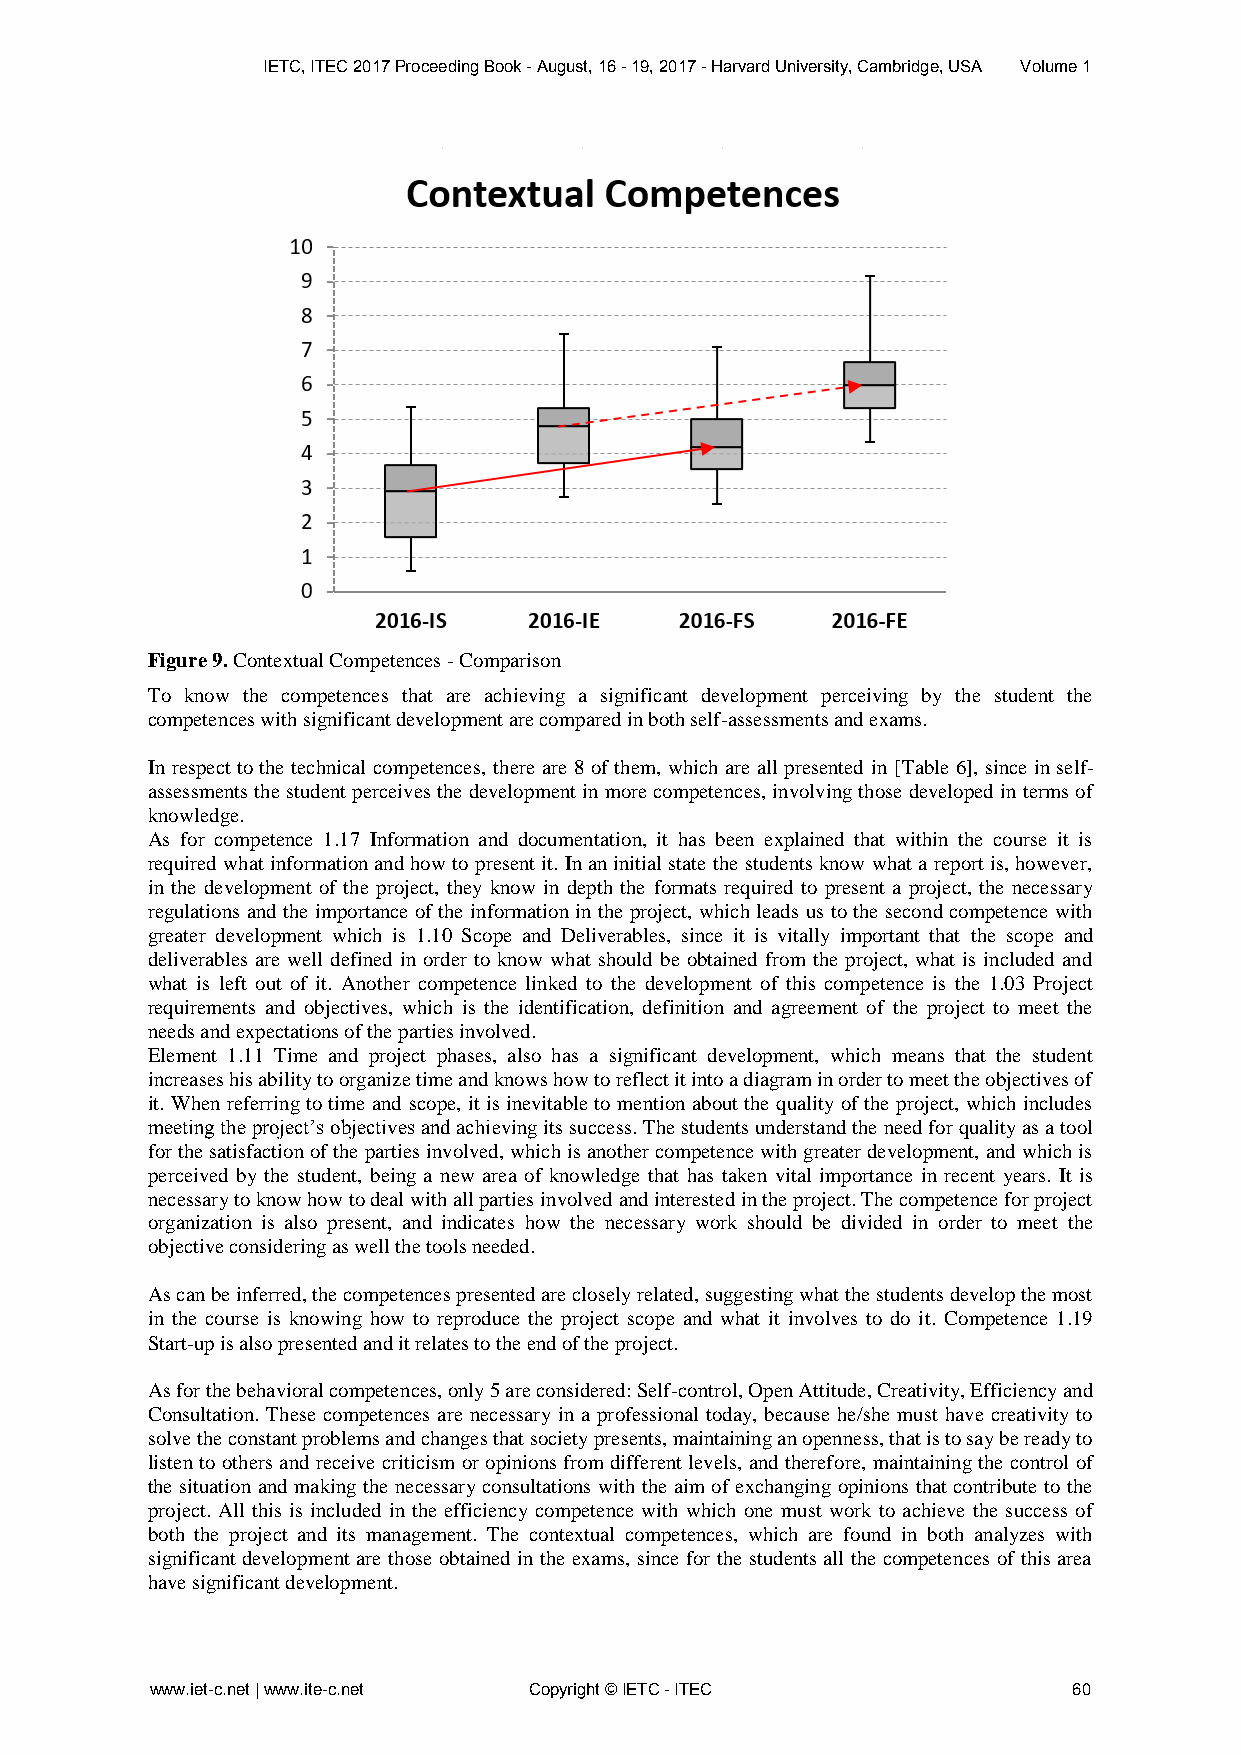
IETC, ITEC 2017 Proceeding Book - August, 16 - 19, 2017 - Harvard University, Cambridge, USA Volume 1
 Figure 9. Contextual Competences - Comparison
 To know the competences that are achieving a significant development perceiving by the student the
 competences with significant development are compared in both self-assessments and exams.
 In respect to the technical competences, there are 8 of them, which are all presented in [Table 6], since in self-
 assessments the student perceives the development in more competences, involving those developed in terms of
 knowledge.
 As for competence 1.17 Information and documentation, it has been explained that within the course it is
 required what information and how to present it. In an initial state the students know what a report is, however,
 in the development of the project, they know in depth the formats required to present a project, the necessary
 regulations and the importance of the information in the project, which leads us to the second competence with
 greater development which is 1.10 Scope and Deliverables, since it is vitally important that the scope and
 deliverables are well defined in order to know what should be obtained from the project, what is included and
 what is left out of it. Another competence linked to the development of this competence is the 1.03 Project
 requirements and objectives, which is the identification, definition and agreement of the project to meet the
 needs and expectations of the parties involved.
 Element 1.11 Time and project phases, also has a significant development, which means that the student
 increases his ability to organize time and knows how to reflect it into a diagram in order to meet the objectives of
 it. When referring to time and scope, it is inevitable to mention about the quality of the project, which includes
 meeting the project’s objectives and achieving its success. The students understand the need for quality as a tool
 for the satisfaction of the parties involved, which is another competence with greater development, and which is
 perceived by the student, being a new area of knowledge that has taken vital importance in recent years. It is
 necessary to know how to deal with all parties involved and interested in the project. The competence for project
 organization is also present, and indicates how the necessary work should be divided in order to meet the
 objective considering as well the tools needed.
 As can be inferred, the competences presented are closely related, suggesting what the students develop the most
 in the course is knowing how to reproduce the project scope and what it involves to do it. Competence 1.19
 Start-up is also presented and it relates to the end of the project.
 As for the behavioral competences, only 5 are considered: Self-control, Open Attitude, Creativity, Efficiency and
 Consultation. These competences are necessary in a professional today, because he/she must have creativity to
 solve the constant problems and changes that society presents, maintaining an openness, that is to say be ready to
 listen to others and receive criticism or opinions from different levels, and therefore, maintaining the control of
 the situation and making the necessary consultations with the aim of exchanging opinions that contribute to the
 project. All this is included in the efficiency competence with which one must work to achieve the success of
 both the project and its management. The contextual competences, which are found in both analyzes with
 significant development are those obtained in the exams, since for the students all the competences of this area
 have significant development.
 www.iet-c.net | www.ite-c.net Copyright © IETC - ITEC        60